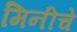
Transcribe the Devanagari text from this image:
मिनीचे